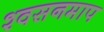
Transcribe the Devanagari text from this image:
श्वसनमाप